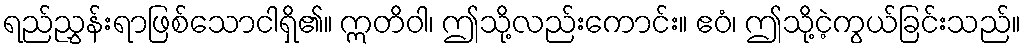
ရည်ညွှန်းရာဖြစ်သောငါရှိ၏။ ဣတိဝါ၊ ဤသို့လည်းကောင်း။ ဧဝံ၊ ဤသို့ငဲ့ကွယ်ခြင်းသည်။